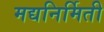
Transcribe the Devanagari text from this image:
मद्यनिर्मिती